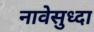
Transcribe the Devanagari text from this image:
नावेसुध्दा